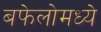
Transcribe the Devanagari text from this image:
बफेलोमध्ये